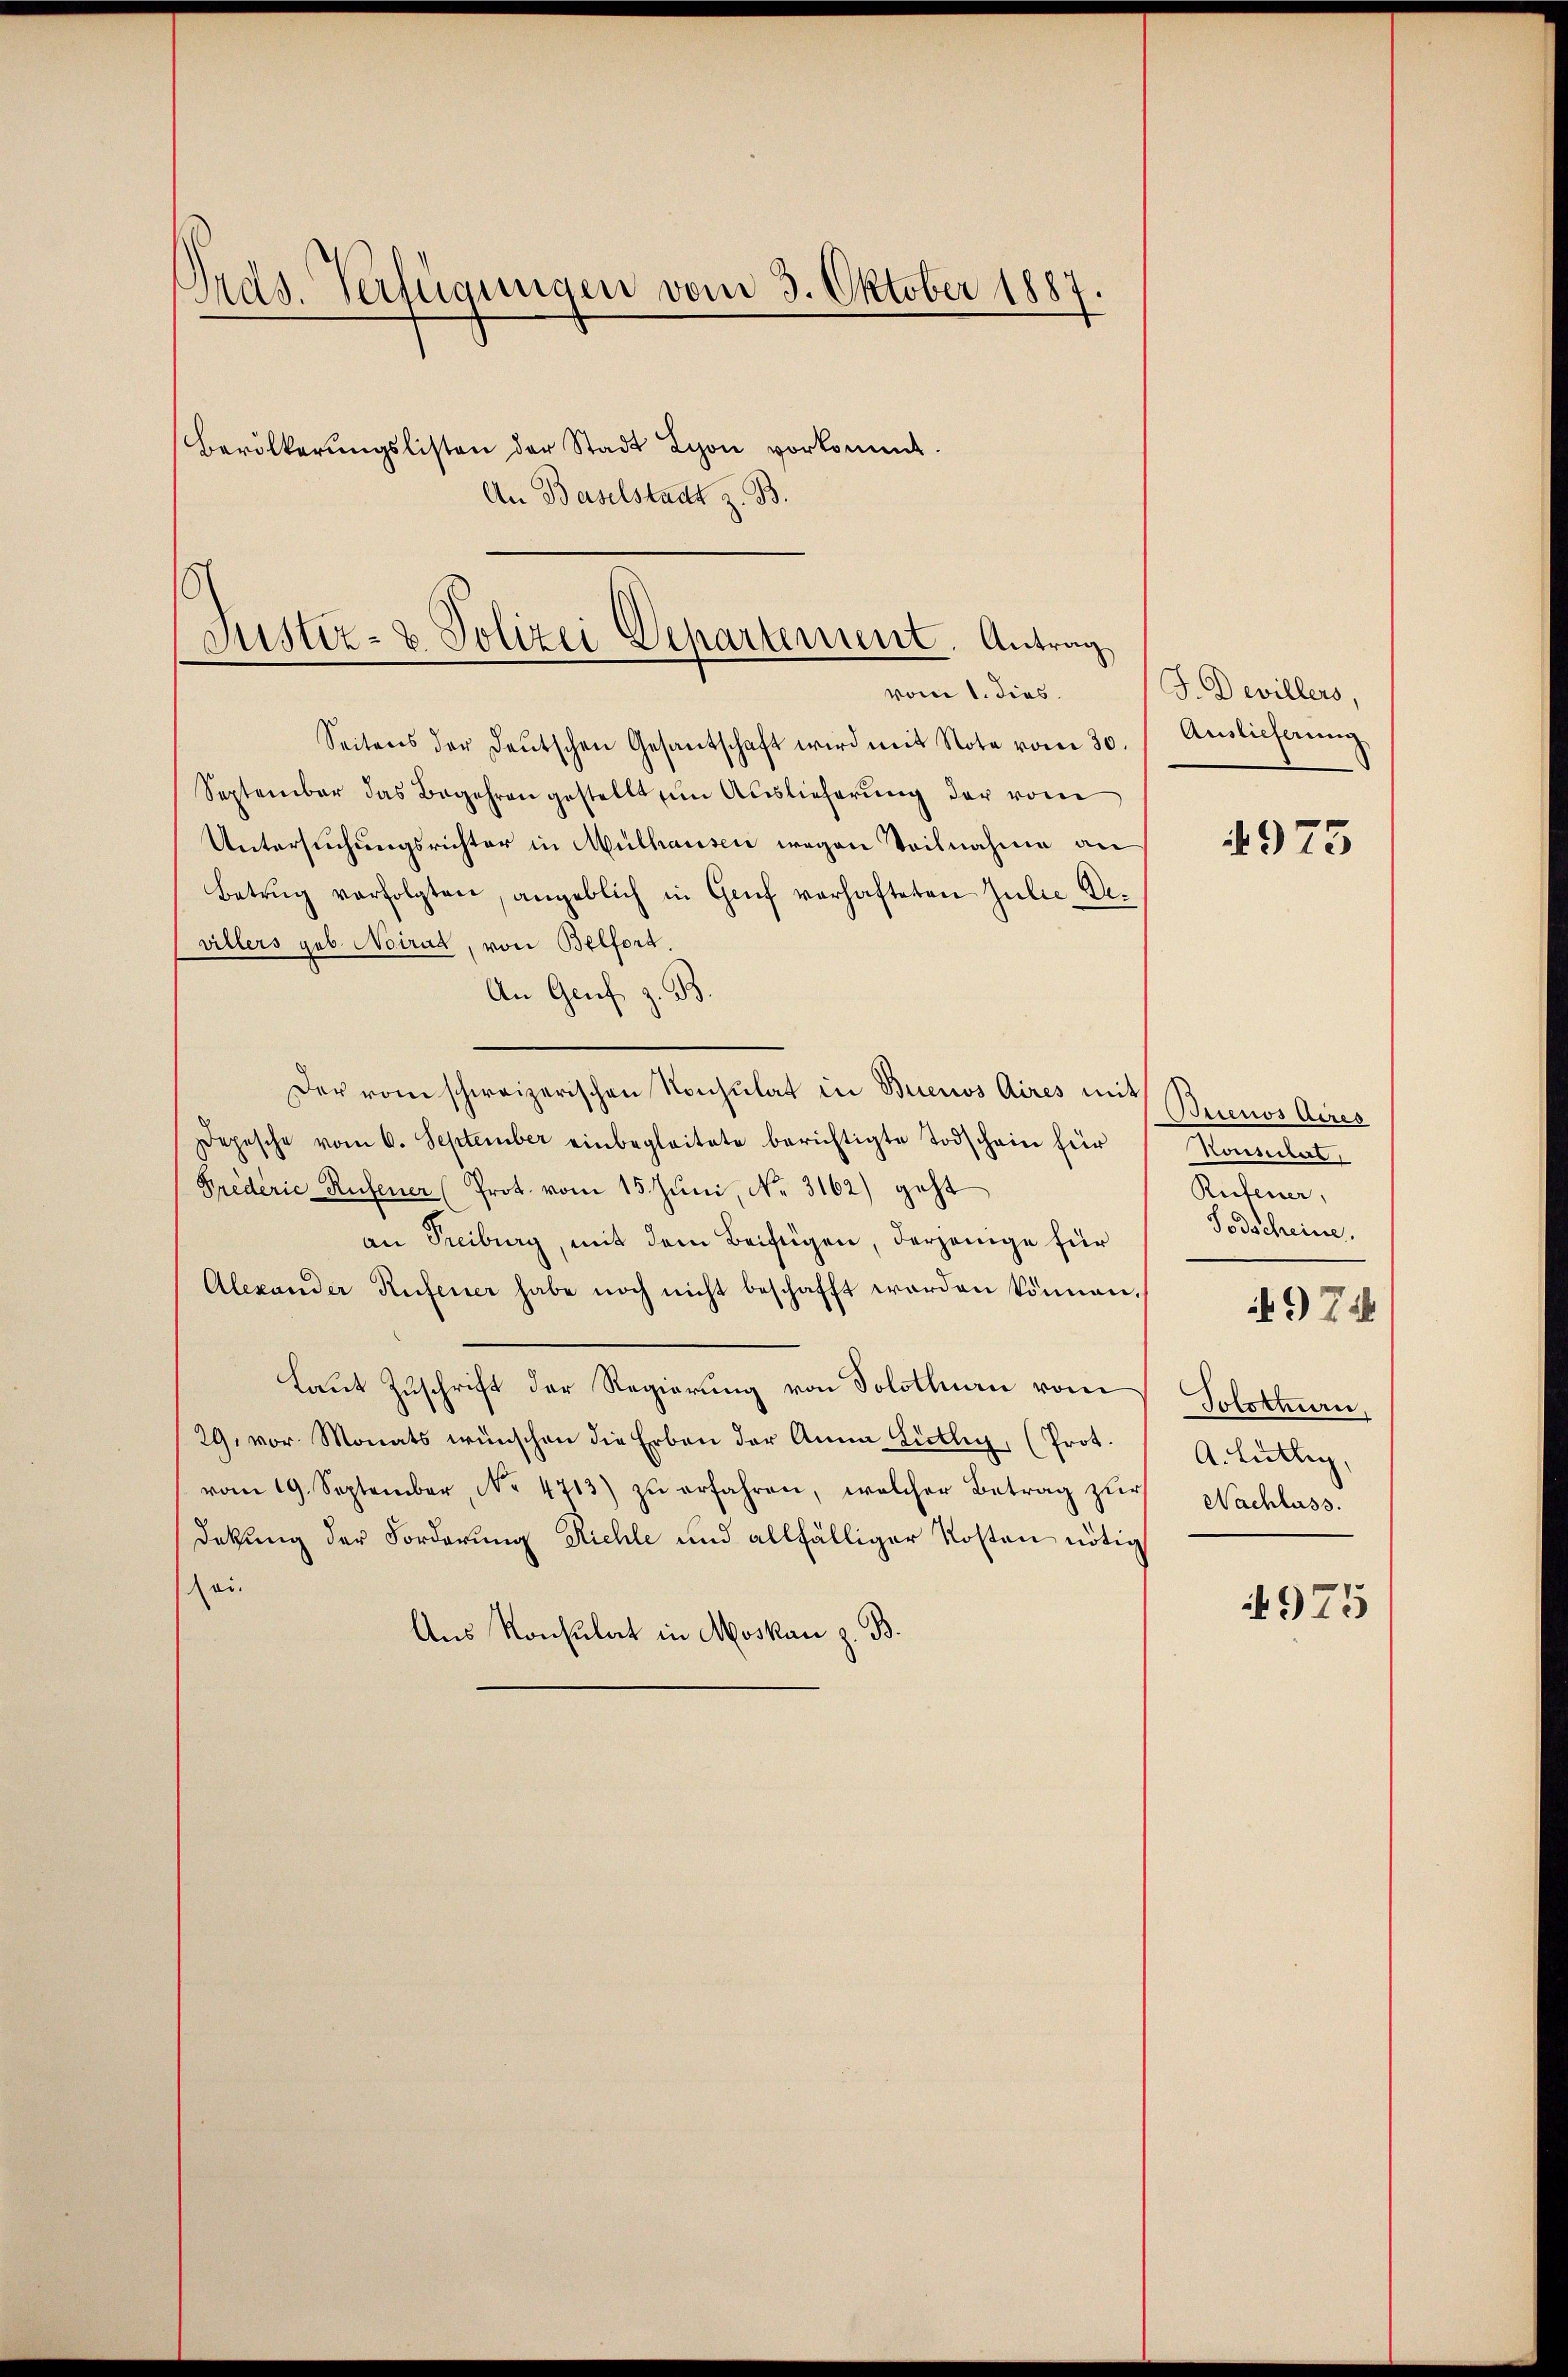
Ords. Verfügungen vom 3. Oktober 1887.
Bevölkerŭngslisten der Stadt Schon vorkommt.
An Baselstadt z. B.

s
Justiz- & Polizei Departement. Antrag
vom 1. dies.

Seitens der deŭtschen Gesantschaft wird mit Note vom 30.
September das Begehren gestellt im Auslieferŭng der vom
Untersuchungsrichter in Mülhausen wegen Teilnahme an
Betrug verfolgten, angeblich in Genf verhafteten Julie Devillers geb. Noirat, von Belfort.
An Genf z. B.
Der vom schweizerischen Konsulat in Buenos Aires mit Buenos Airer
Depesche vom 6. September einbegleitete berichtigte Todschein für
Krederie Rufener (Prot. vom 15. Juni, No. 3162) geht
an Treiburg, mit dem Beifügen, derjenige für
Alexander Rufener habe noch nicht beschafft worden können.
Laut Zuschrift der Regierung von Solothurn vom
29. vor. Monats wünschen die Erben der Anna Lütlig, (Prot.
vom 19. September, No. 4713) zŭ erfahren, welcher Betrag zŭr Nachlass
dekung der Forderung Richle und allfälliger Kosten nötig
sei.
Aus Konsulat in Moskau z. B.

J. Devillers,
Auslieferung

4973

Konsulat,
Rufener,
Todscheine.
Tolstiern,
A. Hüttig,

974

975